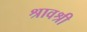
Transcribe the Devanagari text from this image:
श्रावश्री